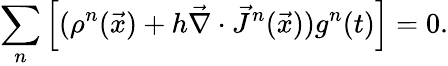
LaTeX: \sum_{n}\left[(\rho^{n}(\vec{x})+h\vec{\nabla}\cdot\vec{J}^{n}(\vec{x}))g^{n}(t)\right]=0.